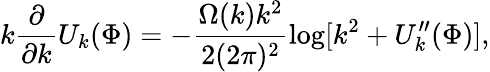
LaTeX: k\frac{\partial}{\partial k}U_{k}(\Phi)=-\frac{\Omega(k)k^{2}}{2(2\pi)^{2}}\log[k^{2}+U_{k}^{\prime\prime}(\Phi)],